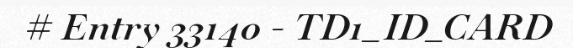
# Entry 33140 - TD1_ID_CARD